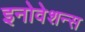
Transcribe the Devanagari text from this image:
इनोवेशन्स